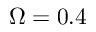
\Omega = 0 . 4